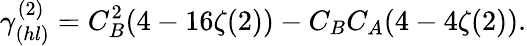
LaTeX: \gamma_{(hl)}^{(2)}=C_{B}^{2}(4-16\zeta(2))-C_{B}C_{A}(4-4\zeta(2)).